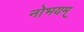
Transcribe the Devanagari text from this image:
नोभयम्